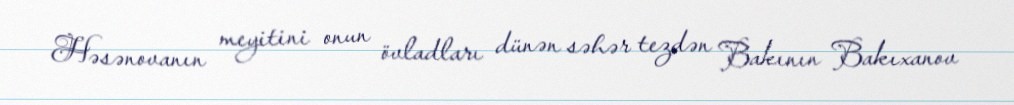
Həsənovanın meyitini onun övladları dünən səhər tezdən Bakının Bakıxanov